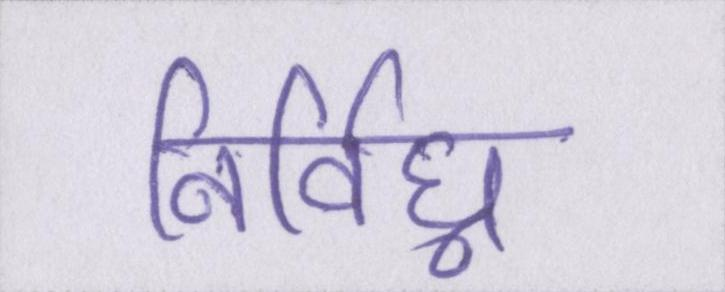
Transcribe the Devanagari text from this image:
निर्विघ्न